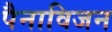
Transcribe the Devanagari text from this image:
पैनाविजन